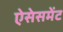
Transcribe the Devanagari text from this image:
ऐसेसमेंट